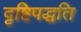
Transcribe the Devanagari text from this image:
दृष्टिपद्धति